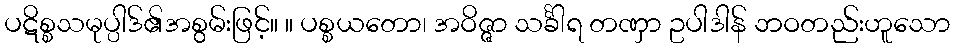
ပဋိစ္စသမုပ္ပါဒ်၏အစွမ်းဖြင့်။ ။ ပစ္စယတော၊ အဝိဇ္ဇာ သင်္ခါရ တဏှာ ဥပါဒါန် ဘဝတည်းဟူသော